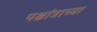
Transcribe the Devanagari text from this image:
पश्चांत्राच्या